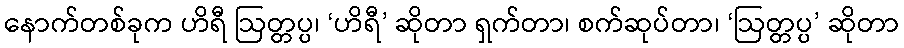
နောက်တစ်ခုက ဟိရီ ဩတ္တပ္ပ၊ ‘ဟိရီ’ ဆိုတာ ရှက်တာ၊ စက်ဆုပ်တာ၊ ‘ဩတ္တပ္ပ’ ဆိုတာ